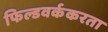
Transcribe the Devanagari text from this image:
फिल्डवर्ककरता